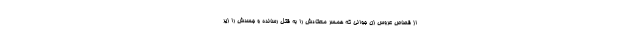
از قصاص عروس زن جوانی که همسر معتادش را به قتل رسانده و جسدش را زیر